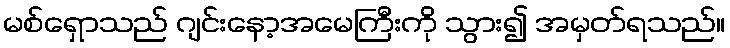
မစ်ရှောသည် ဂျင်းနော့အမေကြီးကို သွား၍ အမှတ်ရသည်။